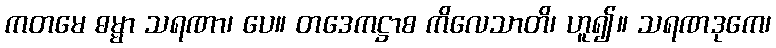
ကတမေ ဓမ္မာ သရဏာ၊ ပေ။ တဒေကဋ္ဌာစ ကိလေသာတိ၊ ဟူ၍။ သရဏဒုကေ၊